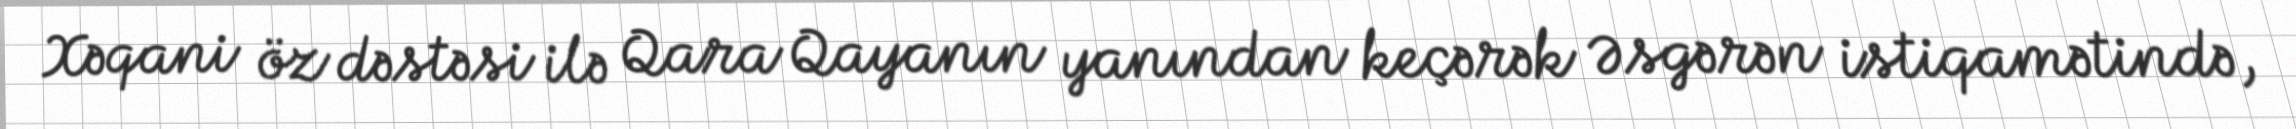
Xəqani öz dəstəsi ilə Qara Qayanın yanından keçərək Əsgərən istiqamətində,